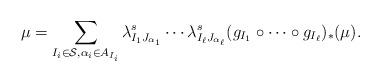
LaTeX: \begin{align*} \mu =\sum_{ I_i\in\mathcal S, \alpha_i\in A_{I_i}} \lambda_{I_1J_{\alpha_1}}^s\cdots \lambda_{I_{\ell}J_{\alpha_{\ell}}}^s (g_{I_{1}}\circ\cdots\circ g_{I_{\ell}})_{*} (\mu).\end{align*}